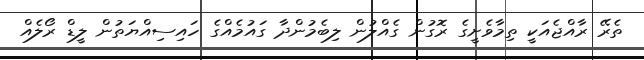
ތެރޭ ރާއްޖެއަކީ ތިމާވެށީގެ ރޮގުން ގެއްލުން ލިބެމުންދާ ގައުމެއްގެ ހައިސިއްޔަތުން ލީޑް ރޯލެއް